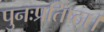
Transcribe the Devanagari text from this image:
पुनःप्रतिष्ठा।